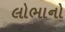
લોભાનો